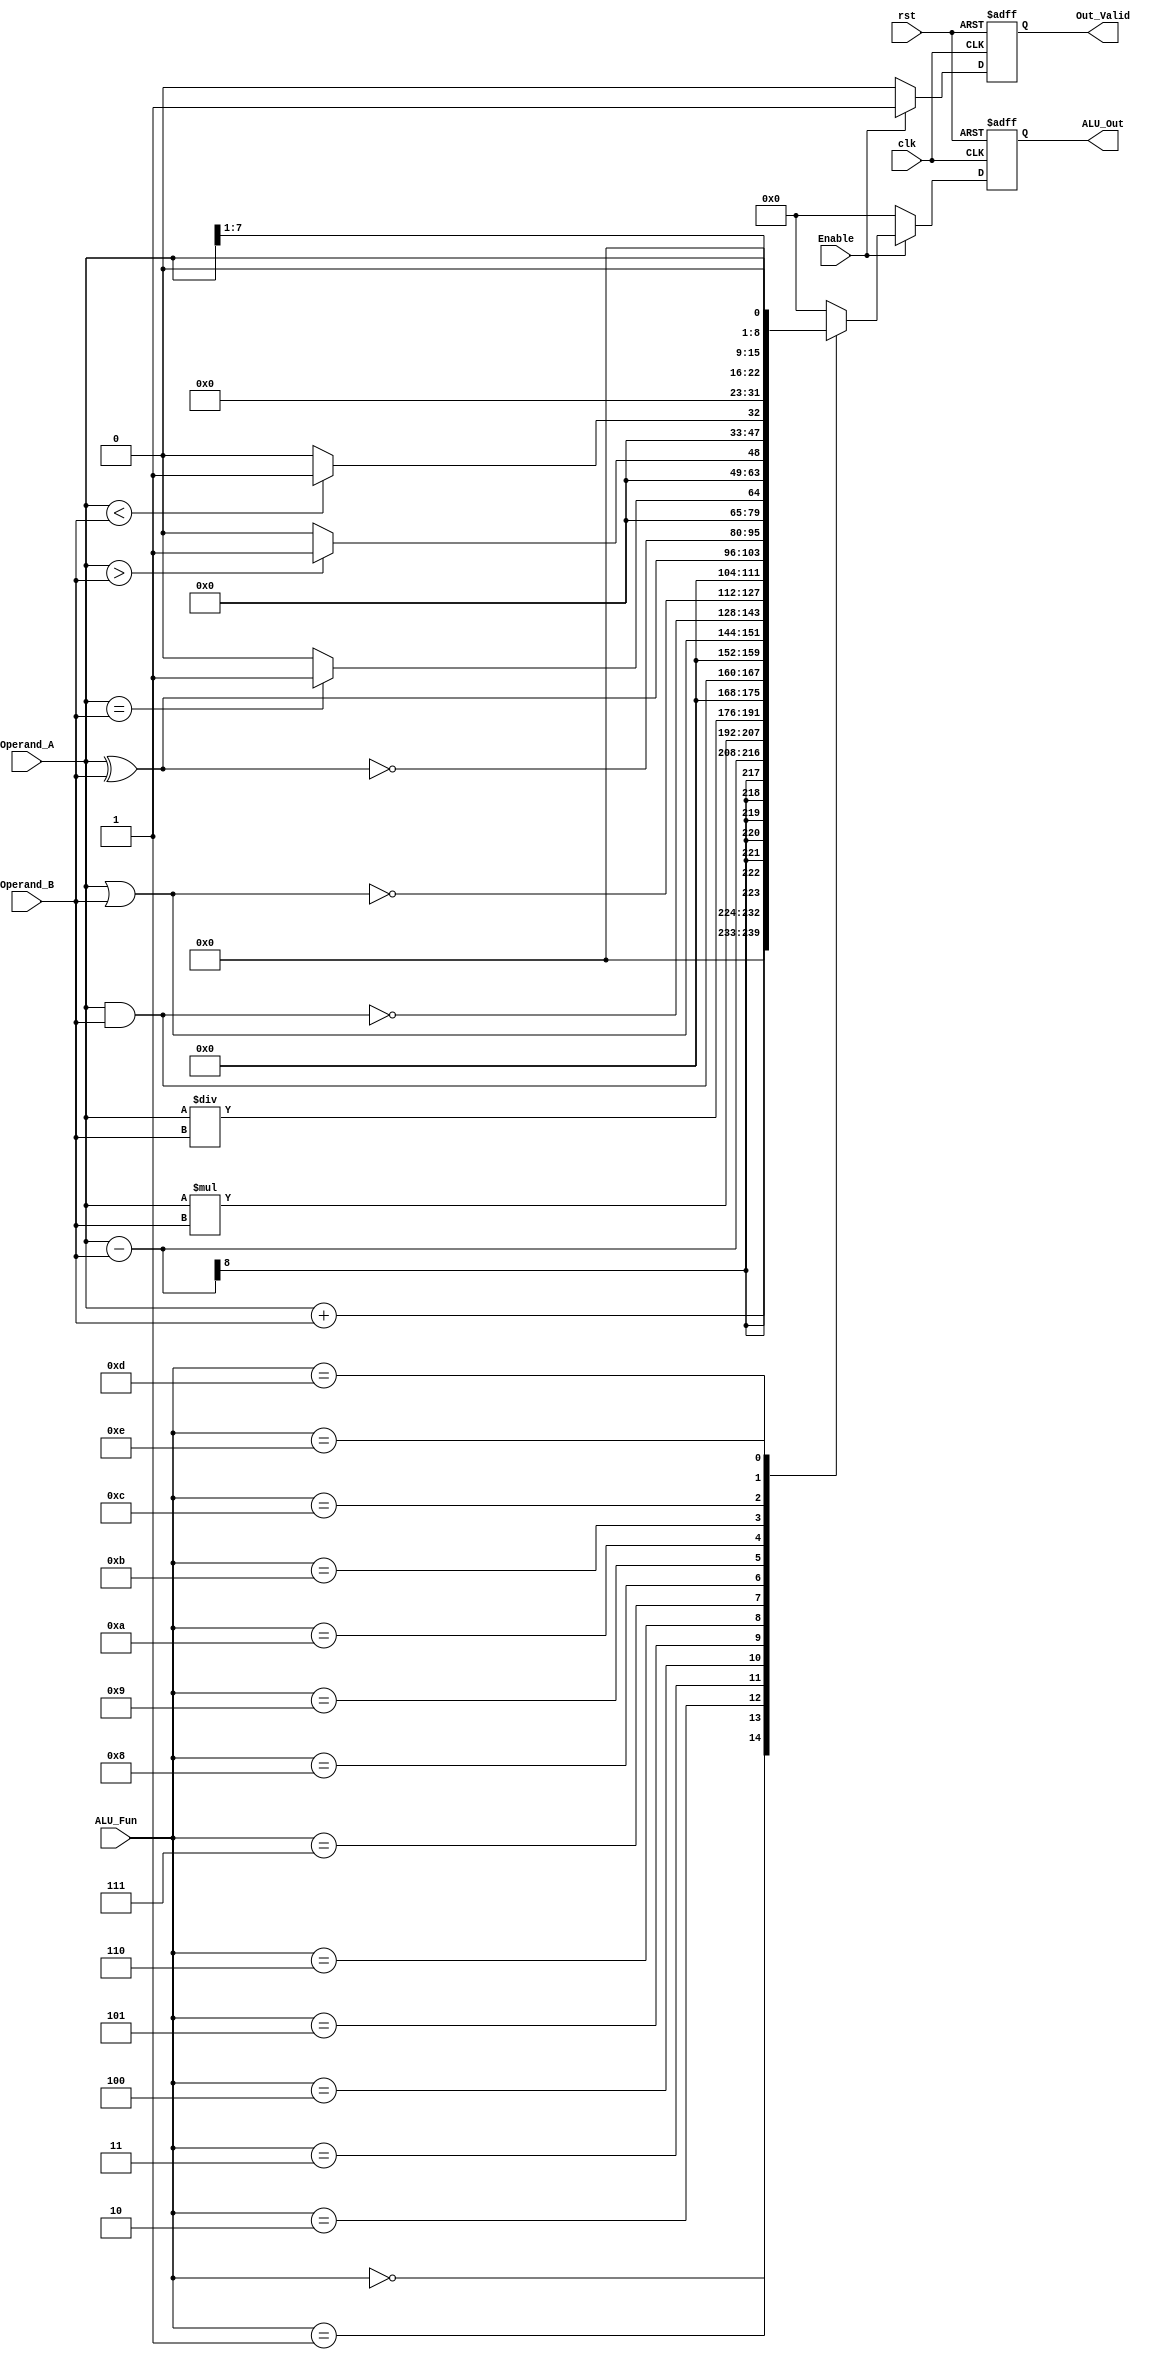
module ALU #(
    parameter Data_width='d8,Output_Data_width='d16,Num_Of_instructions='d14,
    Decoder_Size=$clog2(Num_Of_instructions)
) (
    input  wire                      clk      ,
    input  wire                      rst      ,
    input  wire [Data_width-1:0]     Operand_A,
    input  wire [Data_width-1:0]     Operand_B,
    input  wire [Decoder_Size-1:0]   ALU_Fun  ,
    input  wire                      Enable   ,
    output reg  [Output_Data_width-1:0]     ALU_Out  ,
    output reg                       Out_Valid

);

reg [Output_Data_width-1:0] ALU_Out_Comb;
reg Out_Valid_Comb;

localparam Add ='d0, 
           Sub ='d1,
           Multi='d2,
           Div='d3,
           AND='d4,
           OR='d5,
           NAND='d6,
           NOR='d7,
           XOR='d8,
           XNOR='d9,
           CMP_Eq='d10,
           CMP_La='d11,
           CMP_Le='d12,
           Shift_Right='d13,
           Shift_Left='d14;


always @(posedge clk or negedge rst) begin
    if (!rst) begin
        ALU_Out<='b0;
        Out_Valid<='b0;
    end else begin
        ALU_Out<=ALU_Out_Comb;
        Out_Valid<=Out_Valid_Comb;
    end
    
end

always @(*) begin
    Out_Valid_Comb='b0;
    ALU_Out_Comb='b0;

    if (Enable) begin
    Out_Valid_Comb='b1;
    case (ALU_Fun)
        Add:begin
            ALU_Out_Comb=Operand_A+Operand_B;
        end 

        Sub:begin
            ALU_Out_Comb=Operand_A-Operand_B;
        end

        Multi:begin
            ALU_Out_Comb=Operand_A*Operand_B; //TODO Find another algo
        end

        Div:begin
            ALU_Out_Comb=Operand_A/Operand_B; //TODO Find another algo
        end

        AND:begin
            ALU_Out_Comb=Operand_A & Operand_B;
        end

        OR:begin
            ALU_Out_Comb=Operand_A | Operand_B;
        end

        NAND:begin
            ALU_Out_Comb=~(Operand_A & Operand_B);
        end

        NOR:begin
            ALU_Out_Comb=~(Operand_A | Operand_B);
        end

        XOR:begin
            ALU_Out_Comb=Operand_A ^ Operand_B;
        end

        XNOR:begin
            ALU_Out_Comb=~(Operand_A ^ Operand_B);
        end

        CMP_Eq:begin
            if (Operand_A==Operand_B) begin
                ALU_Out_Comb='b1;
            end else begin
                ALU_Out_Comb='b0;
            end
            
        end

        CMP_La:begin
            if (Operand_A>Operand_B) begin
                ALU_Out_Comb='b1;
            end else begin
                ALU_Out_Comb='b0;
            end
        end
        
        CMP_Le:begin
            if (Operand_A<Operand_B) begin
                ALU_Out_Comb='b1;
            end else begin
                ALU_Out_Comb='b0;
            end
        end

        Shift_Right:begin
            ALU_Out_Comb=Operand_A>>1;
        end
        Shift_Left:begin
            ALU_Out_Comb=Operand_A<<1;
        end


        default:ALU_Out_Comb='b0; 
    endcase
    
end else begin
    Out_Valid_Comb='b0;
    ALU_Out_Comb='b0;
end
end
    
endmodule